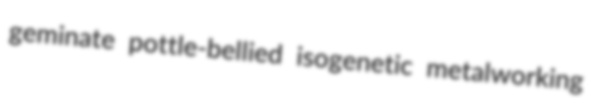
geminate pottle-bellied isogenetic metalworking